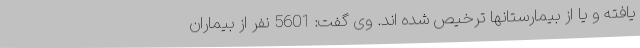
یافته و یا از بیمارستانها ترخیص شده اند. وی گفت: 5601 نفر از بیماران